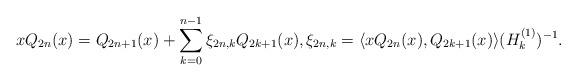
LaTeX: \begin{align*}xQ_{2n}(x)=Q_{2n+1}(x)+\sum_{k=0}^{n-1}\xi_{2n,k}Q_{2k+1}(x),\xi_{2n,k}=\langle xQ_{2n}(x),Q_{2k+1}(x)\rangle (H_{k}^{(1)})^{-1}.\end{align*}